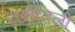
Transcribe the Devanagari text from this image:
राशीतली